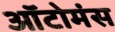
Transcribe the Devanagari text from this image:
ऑटोमंस